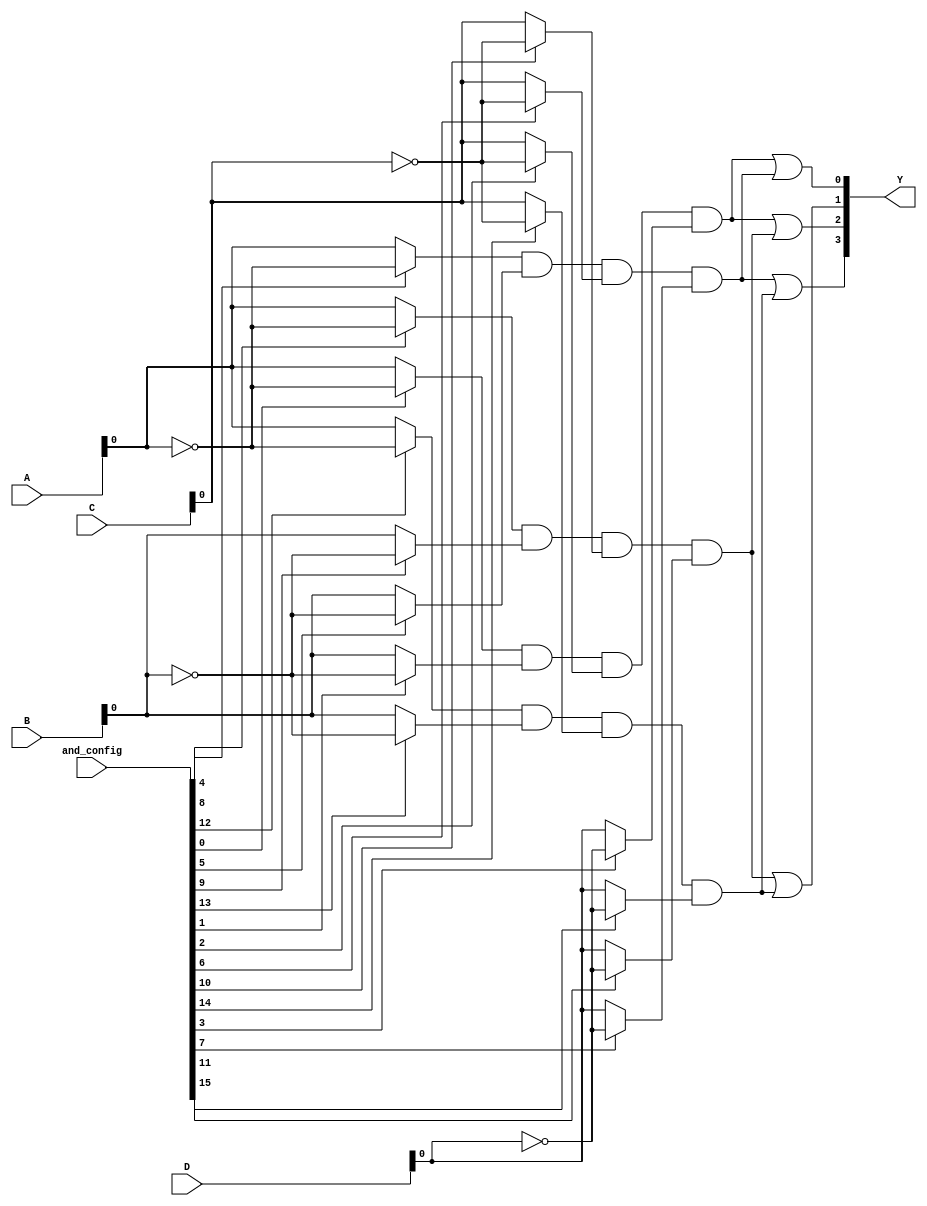
module SPAL (
    input wire [3:0] A,     // Input lines (A, B, C, D) - can be expanded
    input wire [3:0] B,     // Additional input lines for flexibility
    input wire [3:0] C,
    input wire [3:0] D,
    input wire [15:0] and_config, // Configuration for programmable AND gates
    output wire [3:0] Y      // Outputs (Y0, Y1, Y2, Y3) - can be expanded
);

    // Programmable AND array
    wire [3:0] and_out [3:0]; // Outputs for each AND gate

    // Generate programmable AND gates
    genvar i, j;
    generate
        for (i = 0; i < 4; i = i + 1) begin : and_gate
            assign and_out[i] = (and_config[i*4] ? ~A : A) & 
                                (and_config[i*4 + 1] ? ~B : B) & 
                                (and_config[i*4 + 2] ? ~C : C) & 
                                (and_config[i*4 + 3] ? ~D : D);
        end
    endgenerate

    // Fixed OR array
    assign Y[0] = and_out[0] | and_out[1]; // Example OR connections
    assign Y[1] = and_out[2] | and_out[3]; // More OR connections
    assign Y[2] = and_out[0] | and_out[2]; // Example OR connections
    assign Y[3] = and_out[1] | and_out[3]; // More OR connections

endmodule